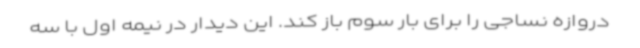
دروازه نساجی را برای بار سوم باز کند. این دیدار در نیمه اول با سه